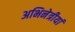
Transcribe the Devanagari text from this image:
अभिनेत्रीयां